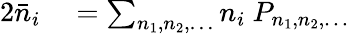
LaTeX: \begin{array}{rl}{{2}{\bar{n}}_{i}}&{{}=\sum_{n_{1},n_{2},\dots}n_{i}\ P_{n_{1},n_{2},\dots}}\end{array}